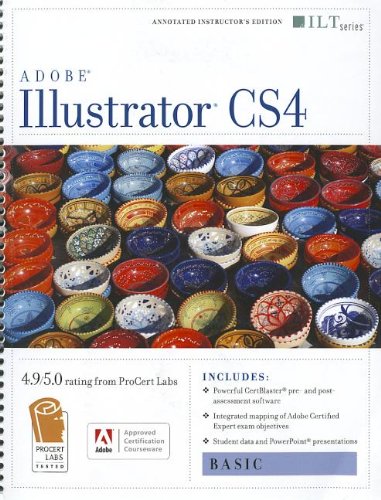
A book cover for Illustrator Cs4: Basic, Ace Edition + Certblaster (ILT); Computers & Technology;